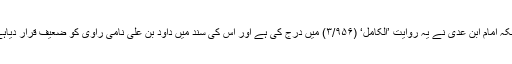
جبکہ امام ابن عدی نے یہ روایت ’الکامل‘ (۳/۹۵۶) میں درج کی ہے اور اس کی سند میں داود بن علی نامی راوی کو ضعیف قرار دیاہے۔